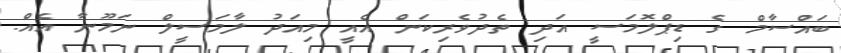
ބައްސާމް ގެ ޑިޕްލޮމަސީ އަދި ތެދުވެރިކަން އެއީ މިއަދު ލާމަސީލް ނަމޫނާ އެެއް.